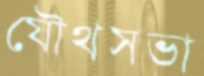
যৌথসভা